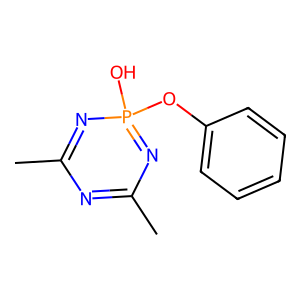
SMILES: CC1=NC(C)=NP(O)(Oc2ccccc2)=N1
Inhibits HIV replication: No